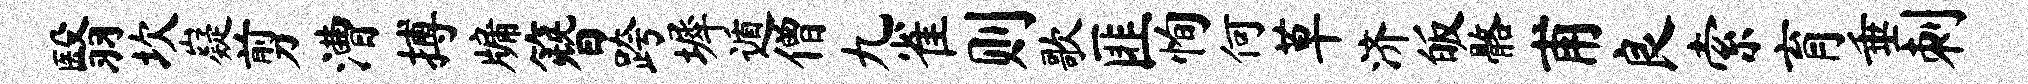
翳坎嶷剪漕搏牖簪跨墀遁僧九雀则歌匪恂何草济皈髂甫良索育垂刺